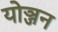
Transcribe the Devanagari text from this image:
योञ्जन